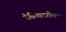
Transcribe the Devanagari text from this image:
वैविध्यातील